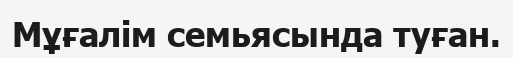
Мұғалім семьясында туған.